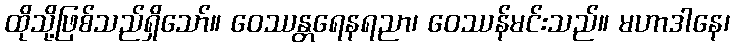
ထိုသို့ဖြစ်သည်ရှိသော်။ ဝေဿန္တရေနရညာ၊ ဝေဿန်မင်းသည်။ မဟာဒါနေ၊